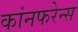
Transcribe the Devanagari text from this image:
कांनफरेन्स